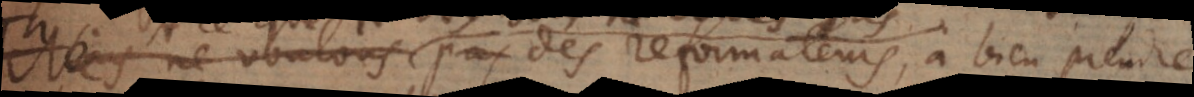
vous ne voulés pas des reformateurs, à bien prendre